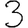
Digit: 3